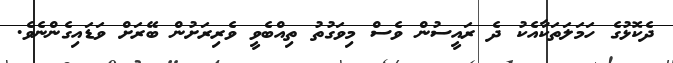
ދެކޮޅުގެ ހަމަލަތަކާއެކު ދެ ރައީސުން ވެސް މިވަގުތު ތިއްބެވީ ވެރިރަށުން ބޭރަށް ވަޑައިގެންނެވެ.